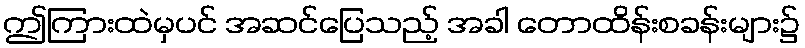
ဤကြားထဲမှပင် အဆင်ပြေသည့် အခါ တောထိန်းစခန်းများ၌